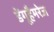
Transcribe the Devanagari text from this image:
डेंगूहैमरेज